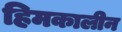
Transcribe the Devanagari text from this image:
हिमकालीन